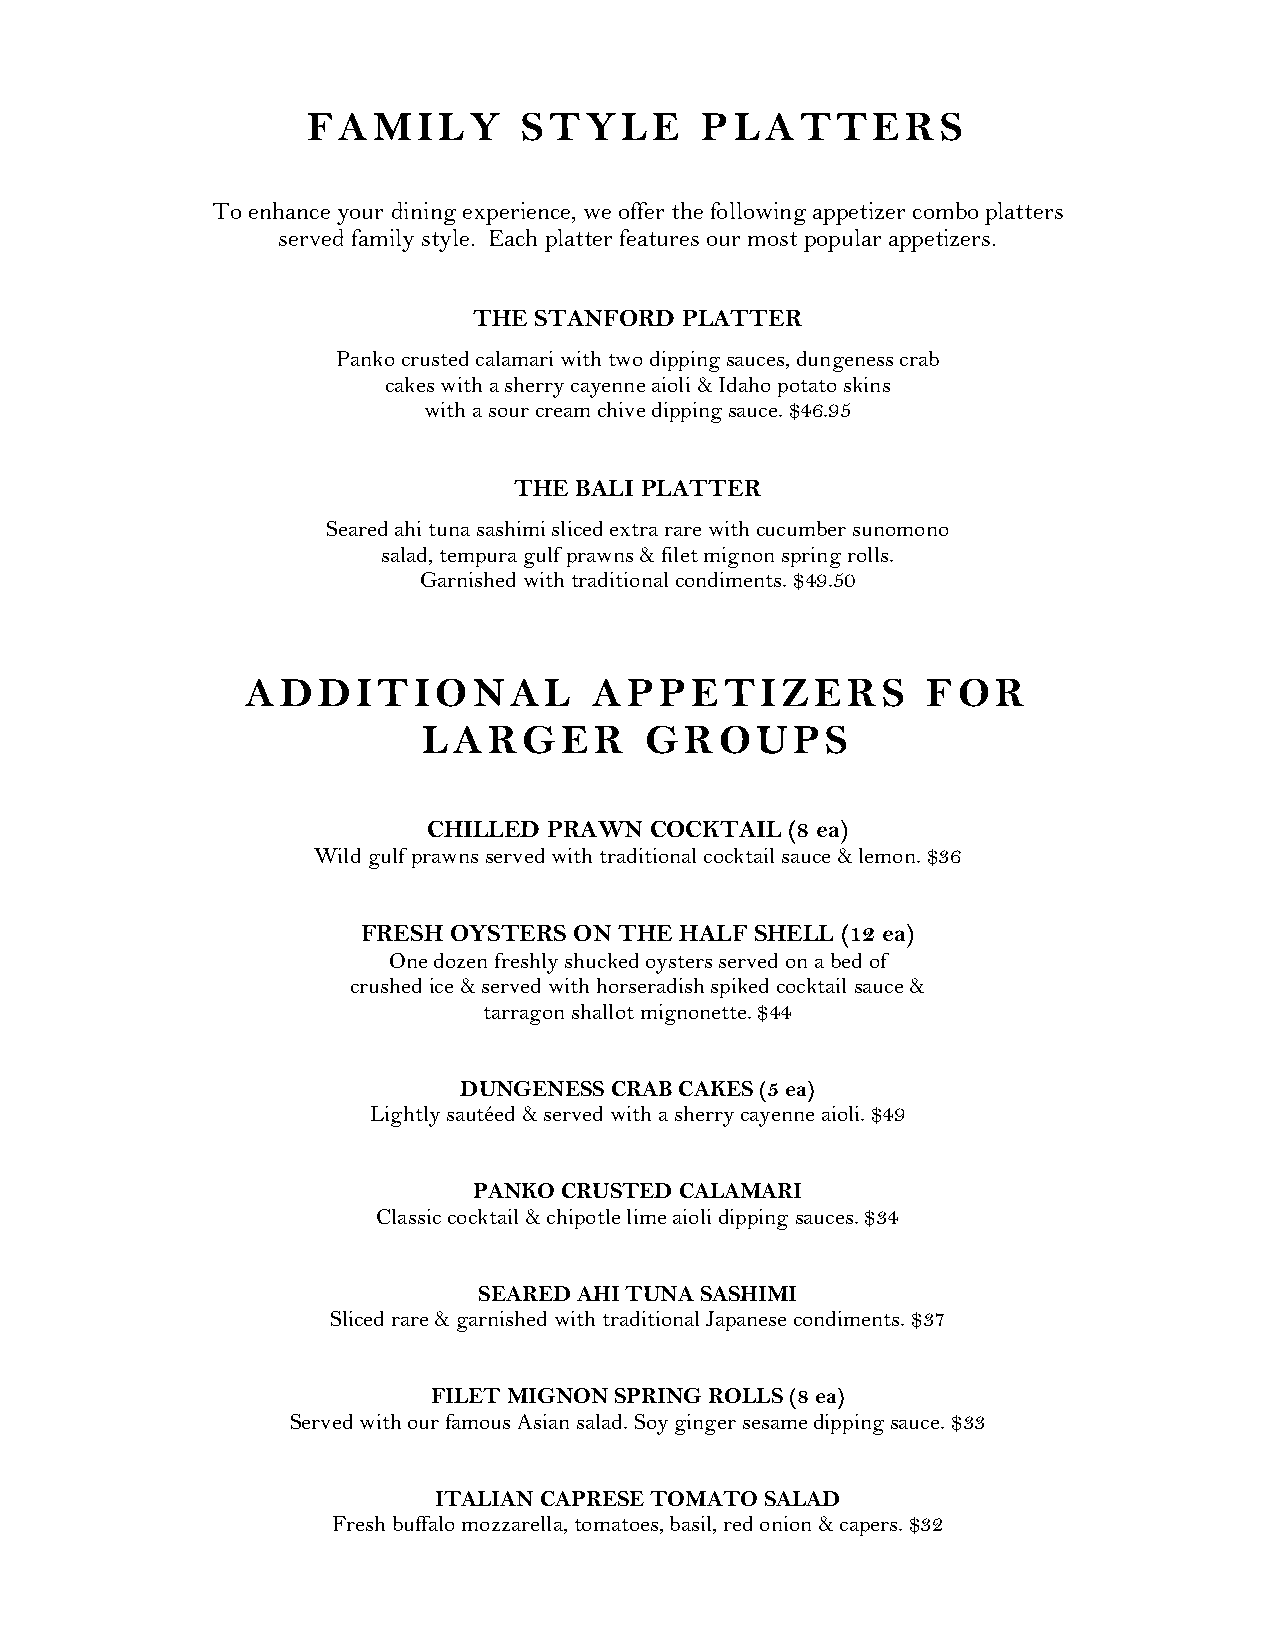
FAMILY         STYLE      PLATTERS
 To enhance your dining experience, we offer the following appetizer combo platters
 served family style. Each platter features our most popular appetizers.
 THE STANFORD  PLATTER
 Panko crusted calamari with two dipping sauces, dungeness crab
 cakes with a sherry cayenne aioli & Idaho potato skins
 with a sour cream chive dipping sauce. $46.95
 THE BALI PLATTER
 Seared ahi tuna sashimi sliced extra rare with cucumber sunomono
 salad, tempura gulf prawns & filet mignon spring rolls.
 Garnished with traditional condiments. $49.50
 ADDITIONAL             APPETIZERS            FOR
 LARGER         GROUPS
 CHILLED PRAWN  COCKTAIL (8 ea)
 Wild gulf prawns served with traditional cocktail sauce & lemon. $36
 FRESH OYSTERS ON THE HALF SHELL (12 ea)
 One dozen freshly shucked oysters served on a bed of
 crushed ice & served with horseradish spiked cocktail sauce &
 tarragon shallot mignonette. $44
 DUNGENESS CRAB CAKES (5 ea)
 Lightly sautéed & served with a sherry cayenne aioli. $49
 PANKO CRUSTED CALAMARI
 Classic cocktail & chipotle lime aioli dipping sauces. $34
 SEARED AHI TUNA SASHIMI
 Sliced rare & garnished with traditional Japanese condiments. $37
 FILET MIGNON SPRING ROLLS (8 ea)
 Served with our famous Asian salad. Soy ginger sesame dipping sauce. $33
 ITALIAN CAPRESE TOMATO SALAD
 Fresh buffalo mozzarella, tomatoes, basil, red onion & capers. $32